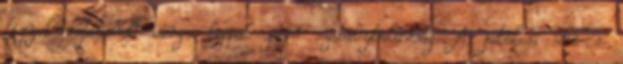
figyelmeztetendő sárga lappal járó szabálytalanság. A játékos, aki a